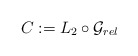
\begin{align*} C:=L_2 \circ \mathcal G_{rel} \end{align*}